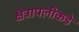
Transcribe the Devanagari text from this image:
क्षेत्रापलीकडे